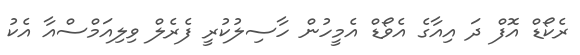
ރެކޯޑް އޮފް ދަ އިއާގެ އެވޯޑް އެމީހުން ހާސިލުކުރީ ފެރެލް ވިލިއަމްސްއާ އެކު